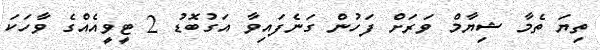
ތިޔަ ތެމާ ޝިޔާމް ވަރަށް ފަހުން ގަނެފައިވާ އަގުބޮޑު 2 ޓީވީއެއްގެ ވާހަކަ